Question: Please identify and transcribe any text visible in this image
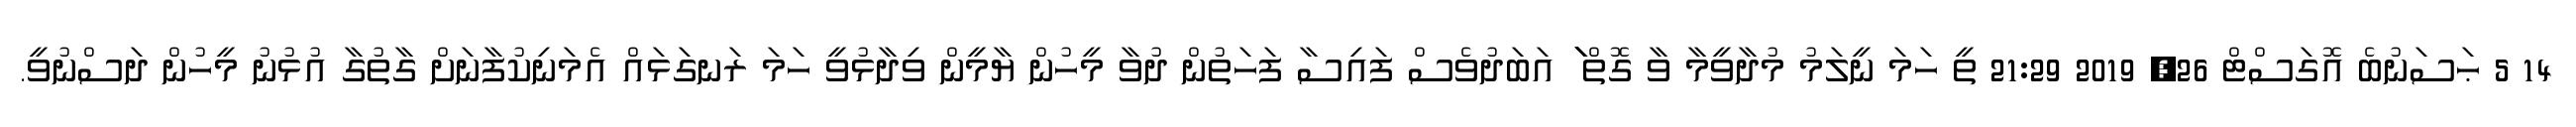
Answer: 14 5 ޙަސަނުބެ އޮގަސްޓް 26, 2019 21:29 ތީ ހަމަ ނީލަމު މުދާވީމާ ވާ ގޮތް ަަަަަަަަަަަަަަަަަަަ އަބަދުވެސް ފައިސާ ފަހަތުން ދުވާ މީހުން ޔާމީން ވިދާޅުވީ ހަމަ ރަނގަޅައް އެމަނިކުފާނަށް ގާތުގާ އުޅުނު މީހުން ދަސްނުވީ.